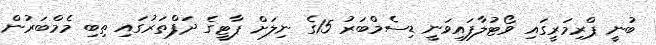
ބުނީ ޕްރިމަރީގައި ވޯޓުލާފައިވަނީ ޑިސެމްބަރު 15ގެ ނިލަށް ޕާޓީގެ ދަފްތަރުގައި ތިބި މެމްބަރުން